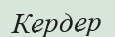
Кердер